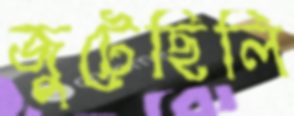
জুটেছিলি